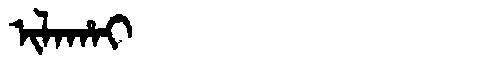
Manchu: ᡳᠯᠠᡥᠠᡳ
Romanization: ILAHAI